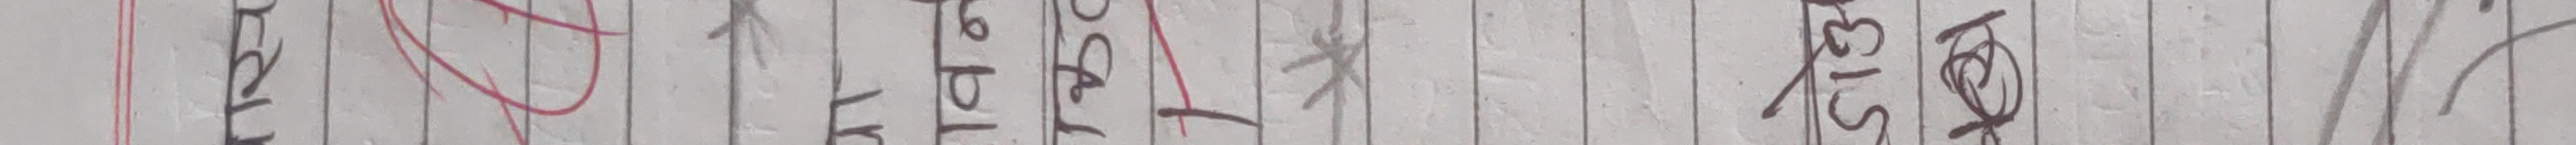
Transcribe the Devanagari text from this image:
सृष्टी
तापिक
5/3